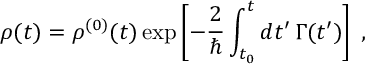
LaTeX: \rho ( t ) = \rho ^ { ( 0 ) } ( t ) \exp \left[ - \frac { 2 } { \hbar } \int _ { t _ { 0 } } ^ { t } d t ^ { \prime } \, \Gamma ( t ^ { \prime } ) \right] \; ,